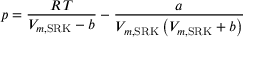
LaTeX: p = { \frac { R \, T } { V _ { m , { \mathrm { S R K } } } - b } } - { \frac { a } { V _ { m , { \mathrm { S R K } } } \left( V _ { m , { \mathrm { S R K } } } + b \right) } }